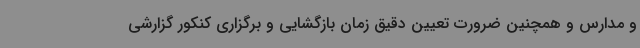
و مدارس و همچنین ضرورت تعیین دقیق زمان بازگشایی و برگزاری کنکور گزارشی